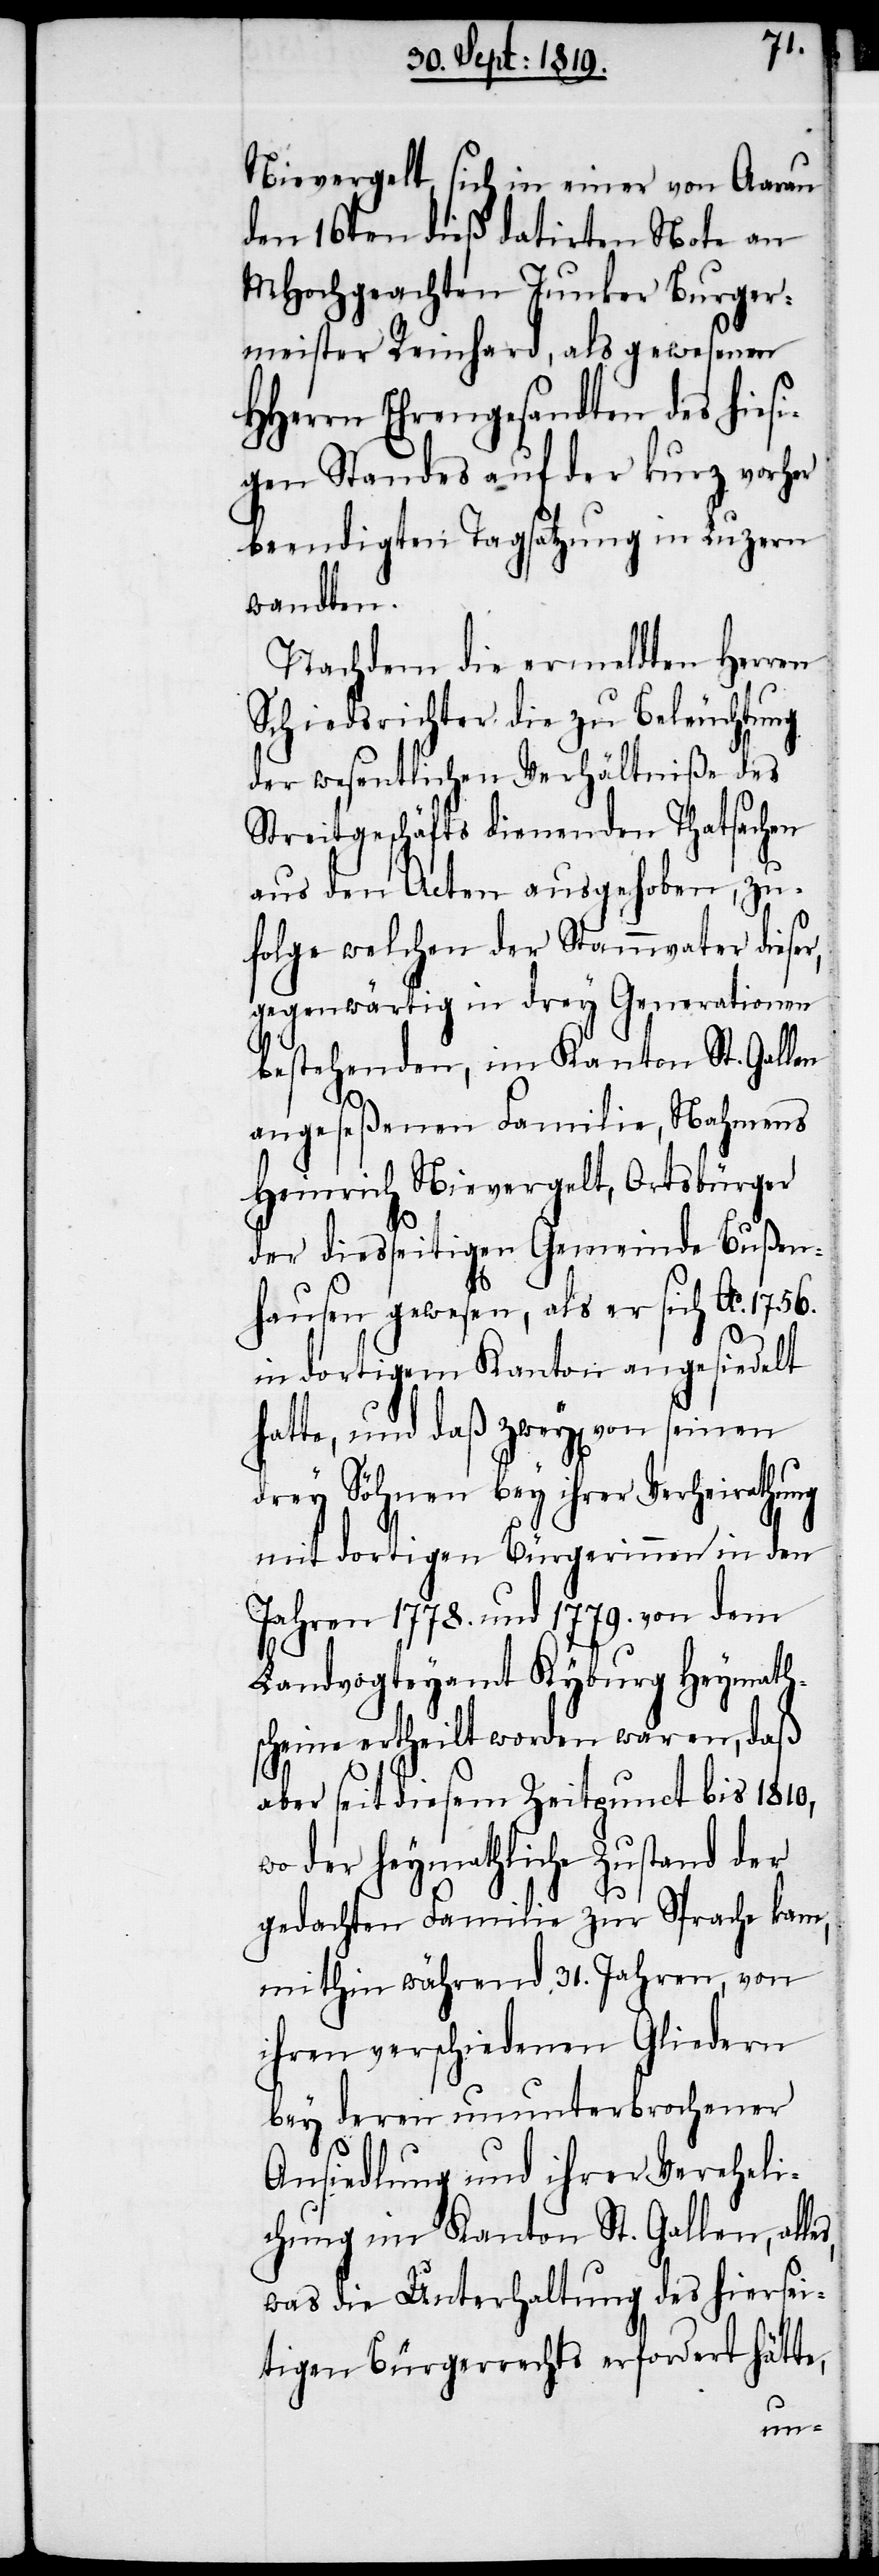
Nievergelt, sich in einer von Aarau
den 16ten dieß datirten Note an
MHochgeachten Junker Burger¬
meister Reinhard, als gewesenen
HHerrn Ehrengesandten des hiesi¬
gen Standes auf der kurz vorher
beendigten Tagsatzung in Luzern
wandten.
Nachdem die ermeldten Herren
Schiedsrichter die zu Beleuchtung
der wesentlichen Verhältniße des
Streitgeschäfts dienenden Thatsachen
aus den Acten ausgehoben, zu¬
folge welchen der Stammvater dieser,
gegenwärtig in drey Generationen
bestehenden, im Kanton St. Gallen
s,
angeseßenen Familie, Nahmens
Heinrich Nievergelt, Ortsbürger
der diesseitigen Gemeinde Bußen¬
hausen gewesen, als er sich Ao. 1756.
in dortigem Kanton angesiedelt
hatte, und daß zwey[en] von seinen
drey Söhnen bey ihrer Verheirathung
mit dortigen Bürgerinnen in der
Jahren 1778. und 1779. von dem
Landvogteyamt Kyburg Heymath¬
scheine ertheilt worden waren, daß
aber seit diesem Zeitpunct bis 1810,
wo der heymathliche Zustand der
gedachten Familie zur Sprache kam,
mithin während 31. Jahren, von
ihren verschiedenen Gliedern
bey deren ununterbrochener
Ansiedlung und ihrer Vereheli¬
chung im Kanton St. Gallen, alle¬
was die Unterhaltung des hiersei¬
tigen Bürgerrechts erfordert hätte,